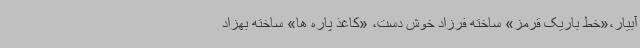
آبیار،«خط باریک قرمز» ساخته فرزاد خوش دست، «کاغذ پاره ها» ساخته بهزاد